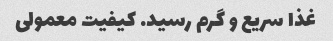
غذا سریع و گرم رسید. کیفیت معمولی